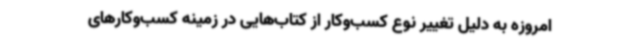
امروزه به دلیل تغییر نوع کسب‌وکار از کتاب‌هایی در زمینه کسب‌وکارهای